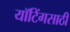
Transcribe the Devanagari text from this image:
यॉटिंगसाठी